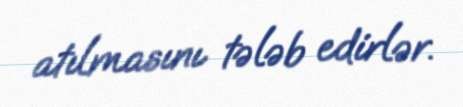
atılmasını tələb edirlər.